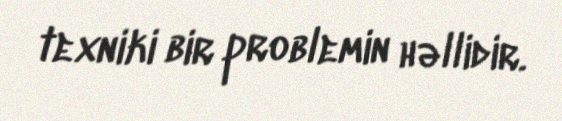
texniki bir problemin həllidir.